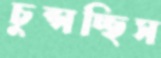
চুপ্‌সচ্ছিস